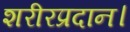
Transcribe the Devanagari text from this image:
शरीरप्रदान।